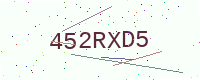
Text: 452RXD5